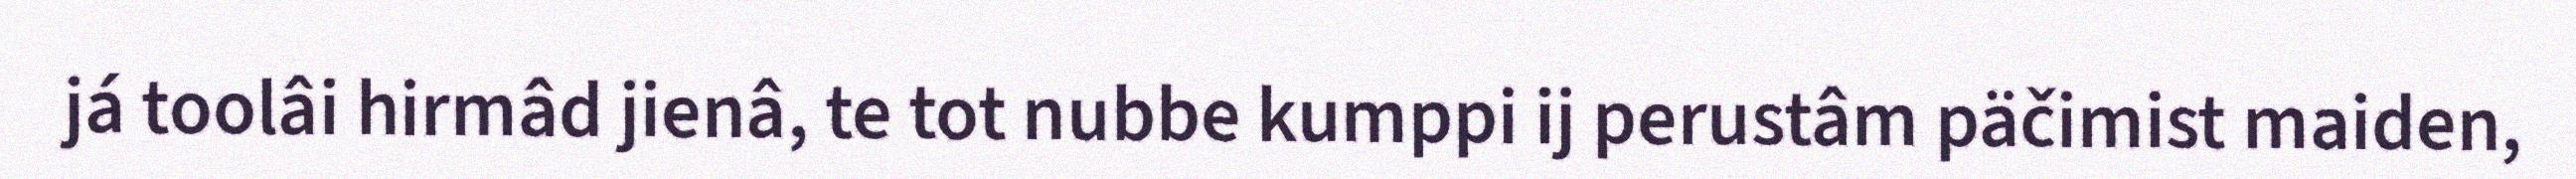
já toolâi hirmâd jienâ, te tot nubbe kumppi ij perustâm päčimist maiden,